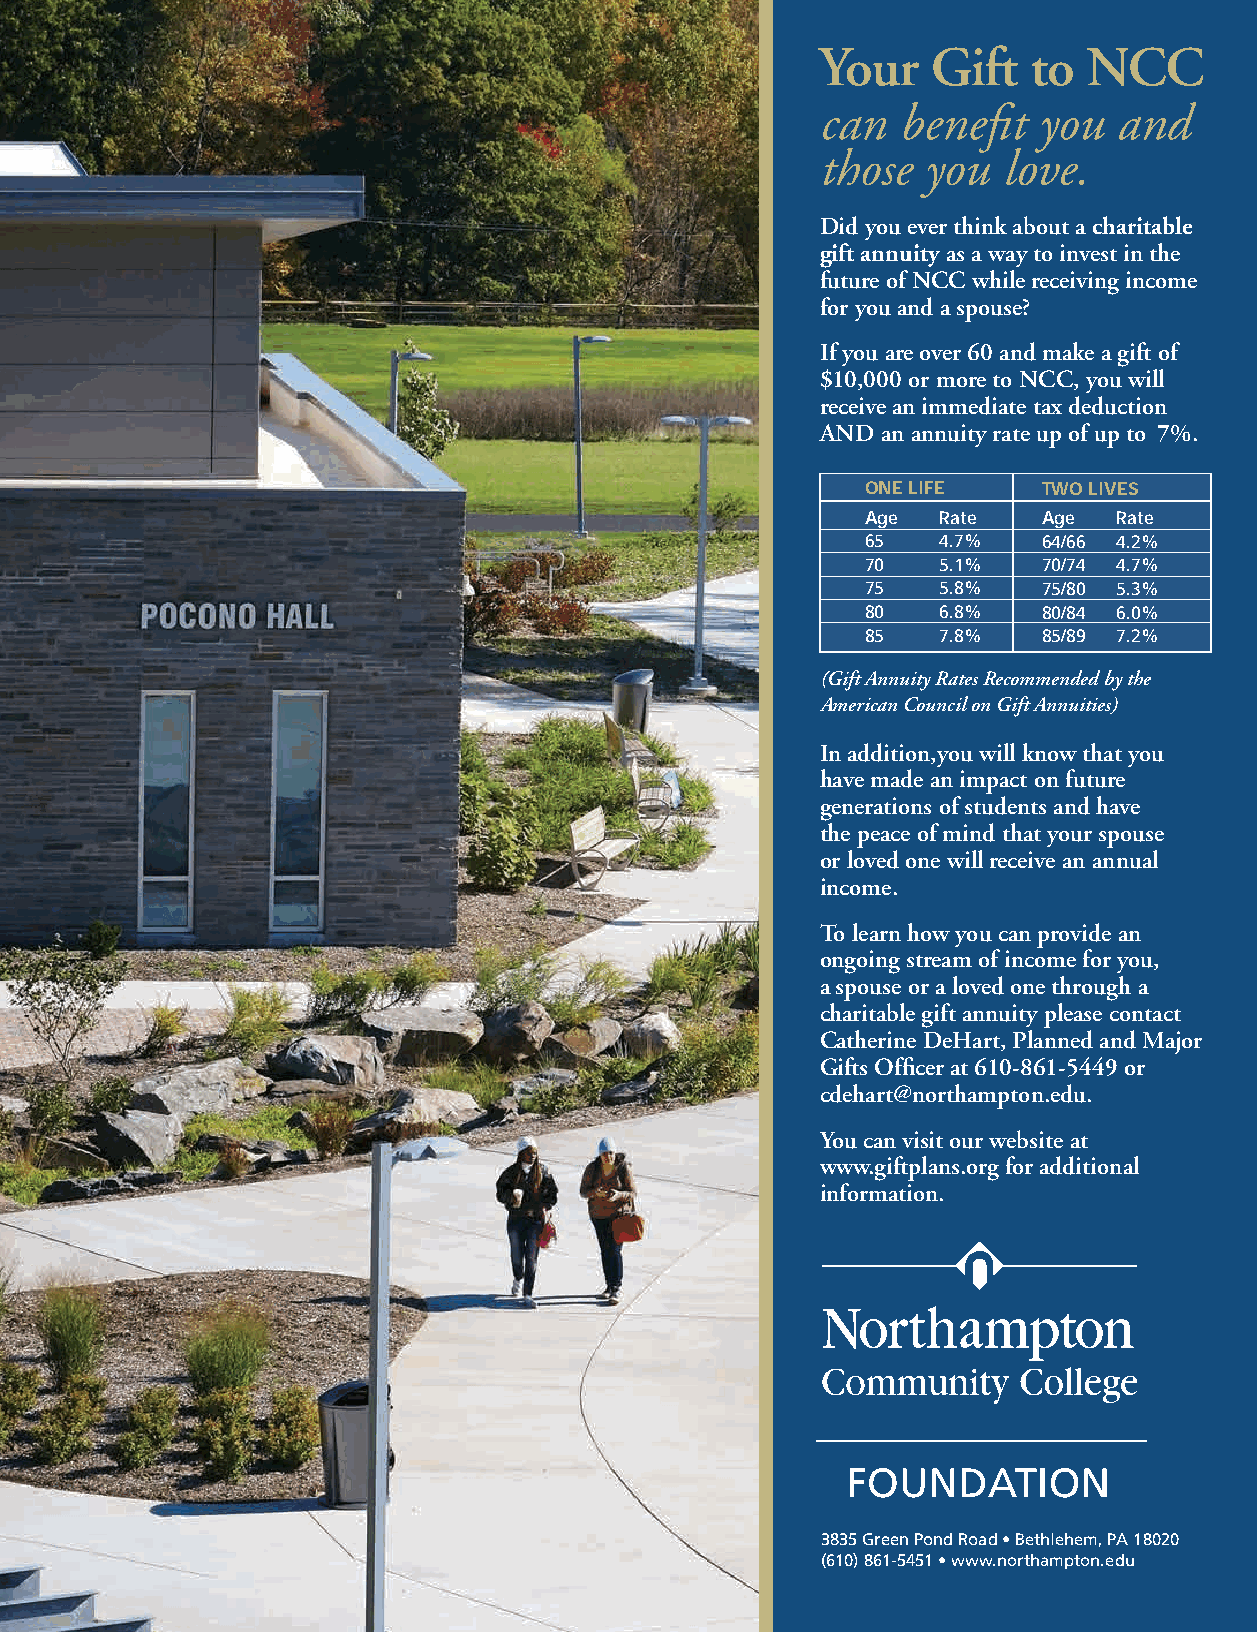
Your    Gift  to  NCC
 can   benefit  you  and
 those  you   love.
 Did you ever think about a charitable
 gift annuity as a way to invest in the
 future of NCC while receiving income
 for you and a spouse?
 If you are over 60 and make a gift of
 $10,000 or more to NCC, you will
 receive an immediate tax deduction
 AND  an annuity rate up of up to 7%.
 ONE LIFE    TWO LIVES
 Age  Rate   Age  Rate
 65   4.7%   64/66 4.2%
 70   5.1%   70/74 4.7%
 75   5.8%   75/80 5.3%
 80   6.8%   80/84 6.0%
 85   7.8%   85/89 7.2%
 (Gift Annuity Rates Recommended by the
 American Council on Gift Annuities)
 In addition,you will know that you
 have made an impact on future
 generations of students and have
 the peace of mind that your spouse
 or loved one will receive an annual
 income.
 To learn how you can provide an
 ongoing stream of income for you,
 a spouse or a loved one through a
 charitable gift annuity please contact
 Catherine DeHart, Planned and Major
 Gifts Officer at 610-861-5449 or
 cdehart@northampton.edu.
 You can visit our website at
 www.giftplans.org for additional
 information.
 3835 Green Pond Road • Bethlehem, PA 18020
 (610) 861-5451 • www.northampton.edu